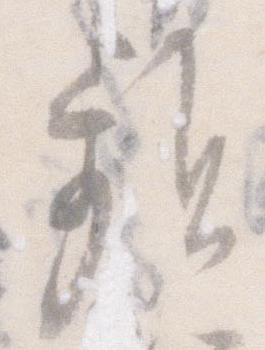
頻